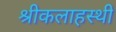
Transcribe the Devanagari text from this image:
श्रीकलाहस्थी